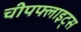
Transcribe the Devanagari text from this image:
चीपफ्लाइट्स